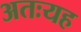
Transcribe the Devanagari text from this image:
अतःयह